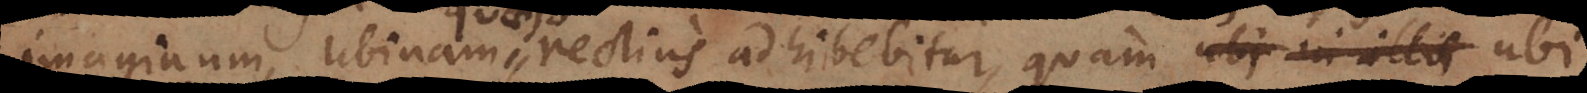
imaginum, ubinam rectius adhibebitur, quam ubi